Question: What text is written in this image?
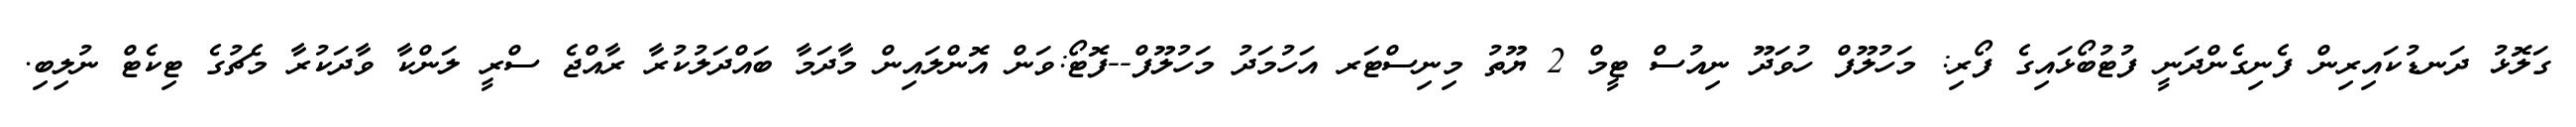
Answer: ގަލޮޅު ދަނޑުކައިރިން ފެނިގެންދަނީ ފުޓުބޯޅައިގެ ފޯރި: މަހުލޫފް ހުވަދޫ ނިއުސް ޓީމް 2 ޔޫތު މިނިސްޓަރ އަހުމަދު މަހުލޫފް--ފޮޓޯ:ވަން އޮންލައިން މާދަމާ ބައްދަލުކުރާ ރާއްޖެ ސްރީ ލަންކާ ވާދަކުރާ މެޗުގެ ޓިކެޓް ނުލިބި.